画像に写った文字を読んでください
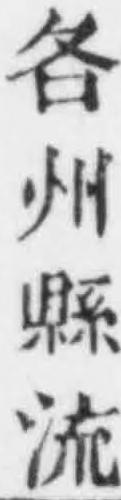
「各州縣流」と書いてあります